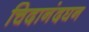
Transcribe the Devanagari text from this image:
चिदानंदघन